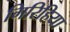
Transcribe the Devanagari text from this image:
गिरिहिया